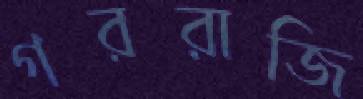
গররাজি